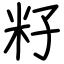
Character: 籽